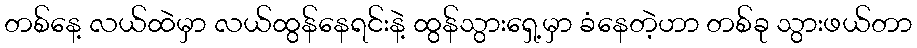
တစ်နေ့ လယ်ထဲမှာ လယ်ထွန်နေရင်းနဲ့ ထွန်သွားရှေ့မှာ ခံနေတဲ့ဟာ တစ်ခု သွားဖယ်တာ